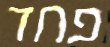
פחד